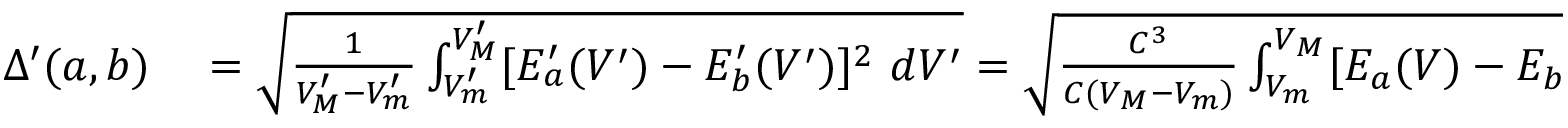
\begin{array} { r l } { \Delta ^ { \prime } ( a , b ) } & { { } = \sqrt { \frac { 1 } { V _ { M } ^ { \prime } - V _ { m } ^ { \prime } } \int _ { V _ { m } ^ { \prime } } ^ { V _ { M } ^ { \prime } } [ E _ { a } ^ { \prime } ( V ^ { \prime } ) - E _ { b } ^ { \prime } ( V ^ { \prime } ) ] ^ { 2 } ~ d V ^ { \prime } } = \sqrt { \frac { C ^ { 3 } } { C ( V _ { M } - V _ { m } ) } \int _ { V _ { m } } ^ { V _ { M } } [ E _ { a } ( V ) - E _ { b } ( V ) ] ^ { 2 } ~ d V } } \end{array}